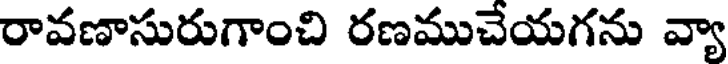
రావణాసురుగాంచి రణముచేయగను వ్యా